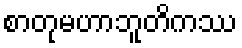
စာတုမဟာဘူတိကဿ